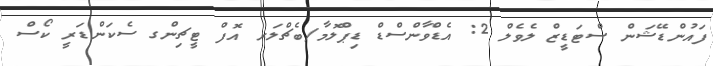
ފައުންޑޭޝަން ސްޓަޑީޒް ލެވެލް 2: އެޑްވާންސްޑް ޑިޕްލޮމާ/ބެޗްލަރ އޮފް ޓީޗިންގ ސެކަންޑަރީ ކޯސް